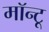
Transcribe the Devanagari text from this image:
मॉन्टू